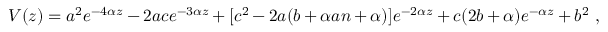
V ( z ) = a ^ { 2 } e ^ { - 4 \alpha z } - 2 a c e ^ { - 3 \alpha z } + [ c ^ { 2 } - 2 a ( b + \alpha a n + \alpha ) ] e ^ { - 2 \alpha z } + c ( 2 b + \alpha ) e ^ { - \alpha z } + b ^ { 2 } \ ,